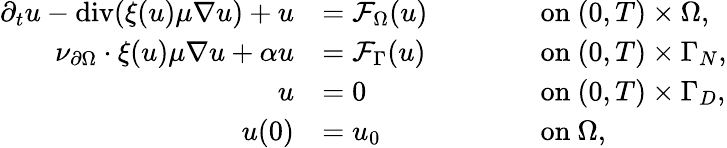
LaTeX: \begin{array}{rlrl}{\partial_{t}u-\operatorname{div}(\xi(u)\mu\nabla u)+u}&{=\mathcal{F}_{\Omega}(u)\qquad}&&{\mathrm{on~}(0,T)\times\Omega,}\\ {\nu_{\partial\Omega}\cdot\xi(u)\mu\nabla u+\alpha u}&{=\mathcal{F}_{\Gamma}(u)}&&{\mathrm{on~}(0,T)\times\Gamma_{N},}\\ {u}&{=0}&&{\mathrm{on~}(0,T)\times\Gamma_{D},}\\ {u(0)}&{=u_{0}}&&{\mathrm{on~}\Omega,}\end{array}